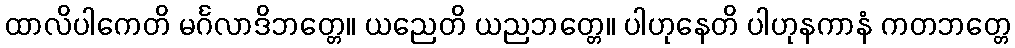
ထာလိပါကေတိ မင်္ဂလာဒိဘတ္တေ။ ယညေတိ ယညဘတ္တေ။ ပါဟုနေတိ ပါဟုနကာနံ ကတဘတ္တေ